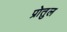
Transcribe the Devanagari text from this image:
प्रोतुल